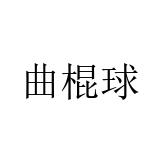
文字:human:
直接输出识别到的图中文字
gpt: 曲棍球